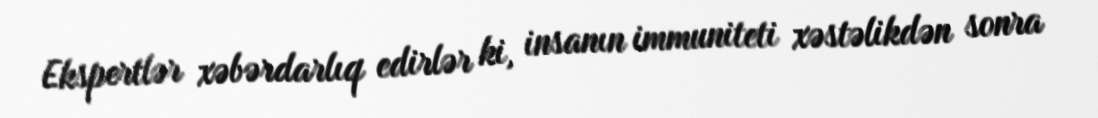
Ekspertlər xəbərdarlıq edirlər ki, insanın immuniteti xəstəlikdən sonra